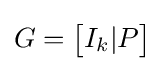
G={\begin{bmatrix}I_{k}|P\end{bmatrix}}